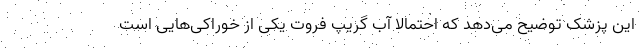
این پزشک توضیح می‌دهد که احتمالا آب گریپ فروت یکی از خوراکی‌هایی است